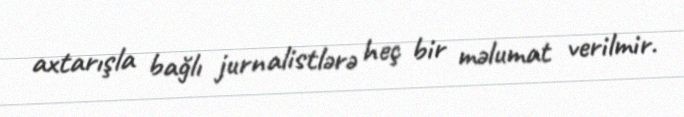
axtarışla bağlı jurnalistlərə heç bir məlumat verilmir.